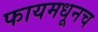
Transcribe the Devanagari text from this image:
फायमधूनच